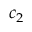
c _ { 2 }